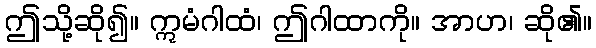
ဤသို့ဆို၍။ ဣမံဂါထံ၊ ဤဂါထာကို။ အာဟ၊ ဆို၏။